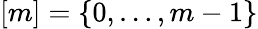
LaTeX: [m]=\{ 0,\dots,m-1\}